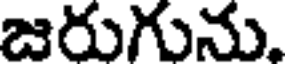
జరుగును.